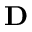
{ \bf D }